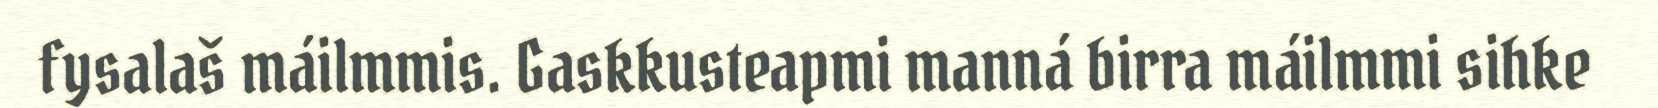
fysalaš máilmmis. Gaskkusteapmi manná birra máilmmi sihke